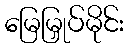
မြေမြှုပ်မိုင်း